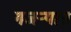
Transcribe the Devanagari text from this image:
गजर्‍यात